Civil Veterinary Department Bengal reports 1923-33 - 1923-1933
Year: 1923
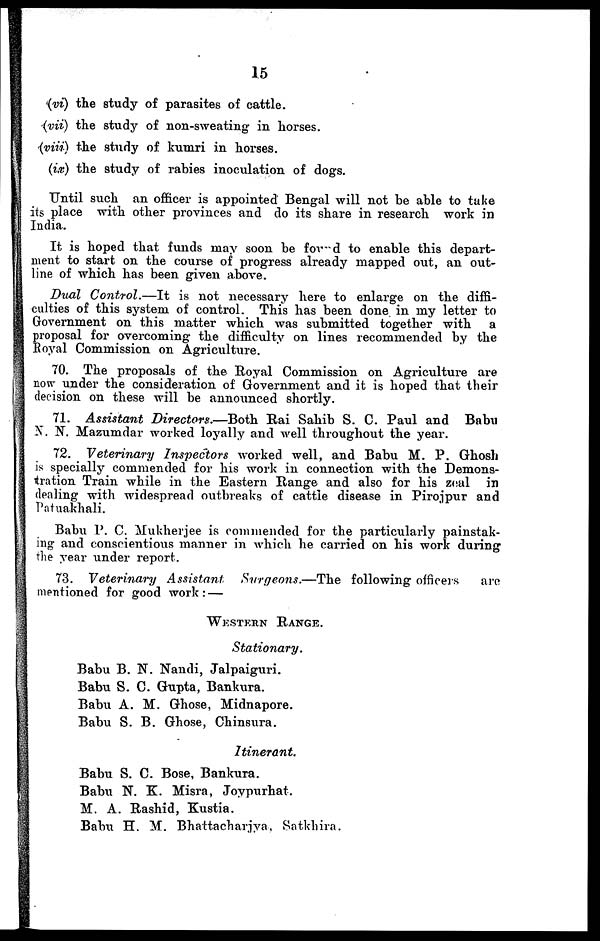
15
(vi) the study of parasites of cattle.
(vii) the study of non-sweating in horses.
(viii) the study of kumri in horses.
(ix) the study of rabies inoculation of dogs.
Until such an officer is appointed Bengal will not be able to take
its place with other provinces and do its share in research work in
India.
It is hoped that funds may soon be found to enable this depart-
ment to start on the course of progress already mapped out, an out-
line of which has been given above.
Dual Control.—It
is not necessary here to enlarge on the diffi-
culties of this system of control. This has been done in my letter to
Government on this matter which was submitted together with a
proposal for overcoming the difficulty on lines recommended by the
Royal Commission on Agriculture.
70. The proposals of the Royal Commission on Agriculture are
now under the consideration of Government and it is hoped that their
decision on these will be announced shortly.
71. Assistant Directors.—Both
Rai Sahib S. C. Paul and Babu
N. N. Mazumdar worked loyally and well throughout the year.
72. Veterinary Inspectors worked well, and Babu M. P. Ghosh
is specially commended for his work in connection with the Demons-
tration Train while in the Eastern Range and also for his zeal in
dealing with widespread outbreaks of cattle disease in Pirojpur and
Patuakhali.
Babu P. C. Mukherjee is commended for the particularly painstak-
ing and conscientious manner in which he carried on his work during
the year under report.
73. Veterinary
Assistant
Surgeons.—The
following officers
are
mentioned for good work: —
WESTERN RANGE.
Stationary.
Babu B. N. Nandi, Jalpaiguri.
Babu S. C. Gupta, Bankura.
Babu A. M. Ghose, Midnapore.
Babu S. B. Ghose, Chinsura.
Itinerant.
Babu S. C. Bose, Bankura.
Babu N. K. Misra, Joypurhat.
M. A. Rashid, Kustia.
Babu H. M. Bhattachariya, Satkhira.